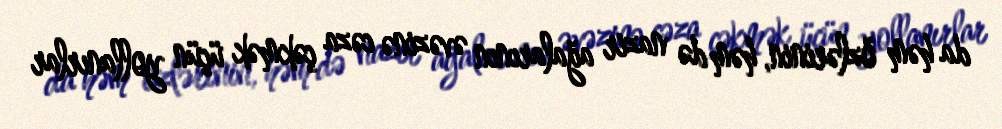
da həm özlərinin, həm də nazir ağalarının əvəzinə cəza çəkmək üçün yollanırlar